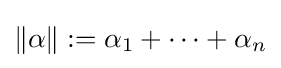
\|\alpha \|:=\alpha _{1}+\cdots +\alpha _{n}